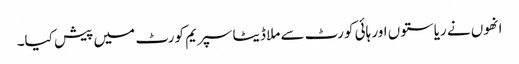
انھوں نے ریاستوں اور ہائی کورٹ سے ملا ڈیٹا سپریم کورٹ میں پیش کیا۔